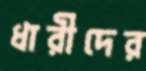
ধারীদের